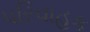
પરિવાહક